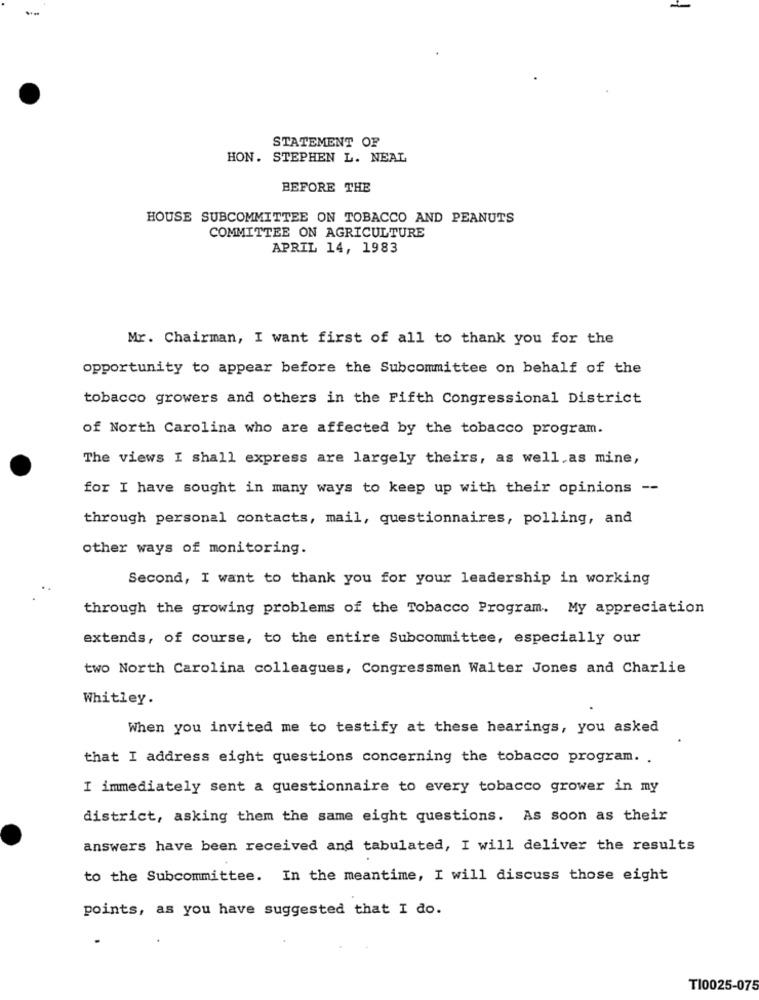
STATEMENT OF
HON. STEPHEN L. NEAL
BEFORE THE
HOUSE SUBCOMMITTEE ON TOBACCO AND PEANUTS
COMMITTEE ON AGRICULTURE
APRIL 14, 1983
Mr. Chairman, I want first of all to thank you for the
opportunity to appear before the Subcommittee on behalf of the
tobacco growers and others in the Fifth Congressional District
of North Carolina who are affected by the tobacco program.
The views I shall express are largely theirs, as well as mine,
for I have sought in many ways to keep up with their opinions --
through personal contacts, mail, questionnaires, polling, and
other ways of monitoring.
Second, I want to thank you for your leadership in working
through the growing problems of the Tobacco Program. My appreciation
extends, of course, to the entire Subcommittee, especially our
two North Carolina colleagues, Congressmen Walter Jones and Charlie
Whitley.
When you invited me to testify at these hearings, you asked
that I address eight questions concerning the tobacco program. .
I immediately sent a questionnaire to every tobacco grower in my
district, asking them the same eight questions. As soon as their
answers have been received and tabulated, I will deliver the results
to the Subcommittee. In the meantime, I will discuss those eight
points, as you have suggested that I do.
T10025-075